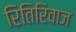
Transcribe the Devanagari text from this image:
रितिरिवाज